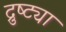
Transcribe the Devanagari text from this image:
द्रुष्ट्या